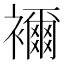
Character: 襧